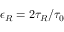
\epsilon _ { R } = 2 \tau _ { R } / \tau _ { 0 }